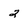
Character: 2